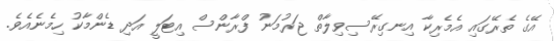
އޭގެ ތެރޭގައި އެމެރިކާ އިނގިރޭސިވިލާތް ޖަރުމަނު ފްރާންސް އިޓަލީ އަދި ޑެންމާކު ހިމެނެއެވެ.